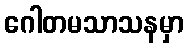
ဂေါတမသာသနမှာ